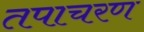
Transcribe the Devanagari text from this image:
तपाचरण